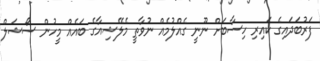
ފަރުބަދައިގެ ކައިރި ހިސާބަށް ނޫނީ ގެއްލުމެއް ނުވާތީ މެލޭޝިއާގެ ބައެއް މީހުން ސޯޝަލް